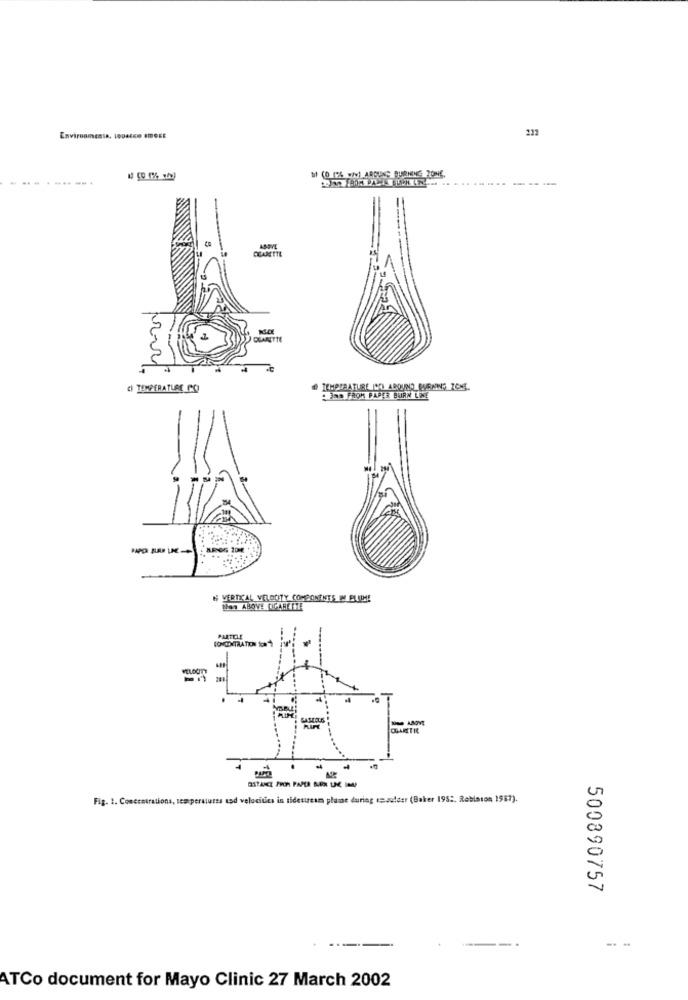
211
------..
DEANETTE
CI TEMPERATURE PO
BOD FROM PAPER BURN LINE
N VERTIAL VELOCITY COMPONENTS IM ELALHE
When ABOVE CIGARETTE
PARTICLE
PELOUIT
Fig. 1. Conccetrations, temperatures usd velocitics in tidestream plane during resulder (Baker 1952. Robision 1987).
500890757
- -
ATCo document for Mayo Clinic 27 March 2002